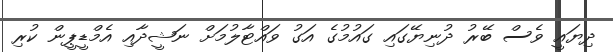
ދިޔައީ ވެސް ބޭރު ދުނިޔޭގައި ގައުމުގެ އަގު ވައްޓާލުމަށް ނަޝީދާއި އެމްޑީޕީން ކުރި